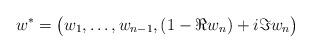
LaTeX: \begin{align*}w^{*}=\big(w_1, \ldots, w_{n-1}, (1-\Re w_n) + i \Im w_n\big)\end{align*}